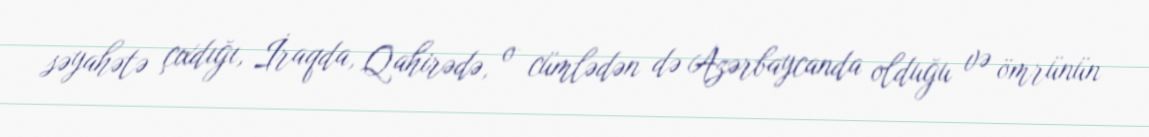
səyahətə çıxdığı, İraqda, Qahirədə, o cümlədən də Azərbaycanda olduğu və ömrünün